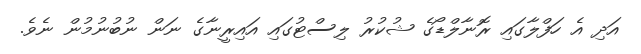
އަދި އެ ހަފްލާގައި ރޮނާލްޑޯގެ ޝުކުރު ލިސްޓުގައި އައިރީނާގެ ނަން ނުބުނުމުން ނެވެ.